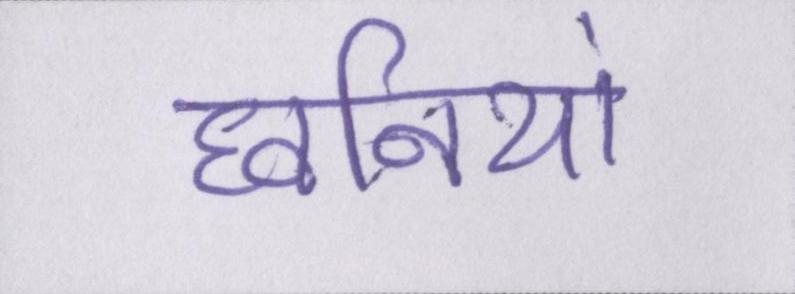
घ्वनियां